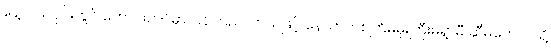
နေ့လယ်ပိုင်းတွင် ကောင်းကင်မှာ ပြန်ကြည်လာသဖြင့် နောက်တစ်ကြိမ်မိုးကြီးမရွာမီ ဆီမကောင်သို့